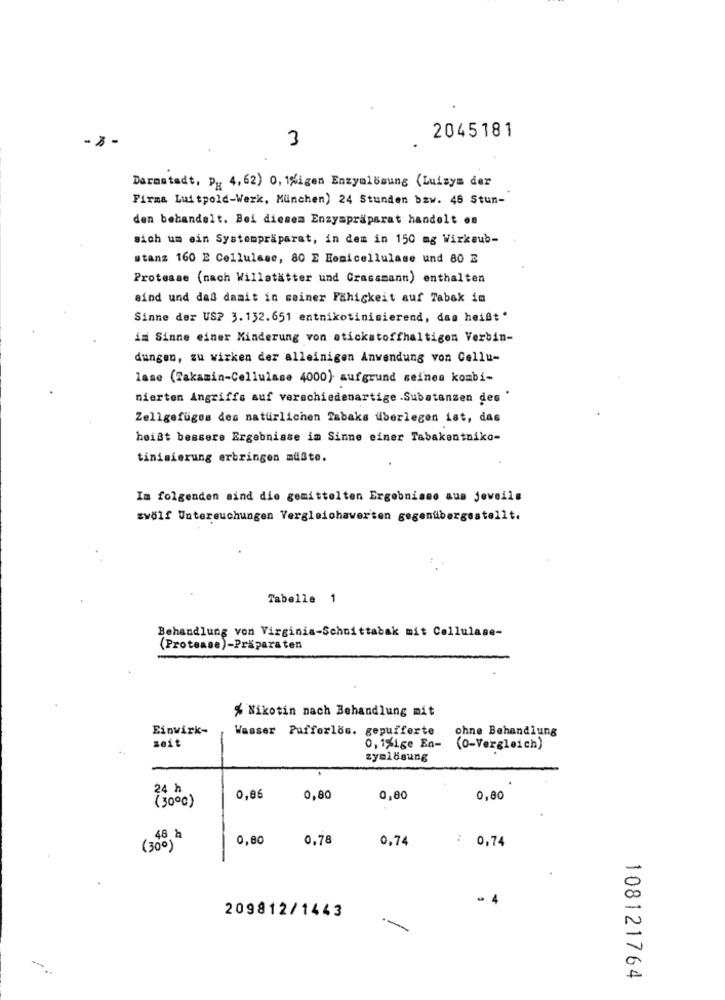
2045181
- 3-
3
Darmstadt, P. 4,62) 0, 1%igen Enzymlösung (Luisya der
Firma Luitpold-Werk, München) 24 Stunden bzw. 45 Stun-
den behandelt. Bei diesem Enzympräparat handelt es
sich um ein Systempräparat, in dem in 150 mg Wirksub-
stanz 160 E Cellulase, 80 E Hemicellulase und 80 E
Protease (nach Willstätter und Grassmann) enthalten
sind und daß damit in seiner Fähigkeit auf Tabak in
Sinne der USP 3.132.651 entnikotinisierend, das heißt*
im Sinne einer Minderung von stickstoffhaltigen Verbin-
dungen, zu wirken der alleinigen Anwendung von Cellu-
lase (Takamin-Cellulase 4000) aufgrund seines kombi-
nierten Angriffs auf verschiedenartige .Substanzen des "
Zellgefüges des natürlichen Tabaks überlegen ist, das
heißt bessere Ergebnisse im Sinne einer Tabakentniko-
tinisierung erbringen müßte.
Im folgenden mind die gemittelten Ergebnisse aus jeweils
zwölf Untersuchungen Vergleichaverten gegenübergestellt.
Tabelle 1
Behandlung von Virginia-Schuittabak mit Cellulase-
(Protease)-Präparaten
% Nikotin nach Behandlung mit
Einvirk-
Wasser Pufferlos. gepufferte
ohne Behandlung
seit
0,1%ige En-
(0-Vergleich)
zymlösung
24 h
(3000)
0,86
0,80
0,80
0,80
48 h
0,80
0,78
0,74
: 0,74
(300)
- 4
209812/1443
-
108121764